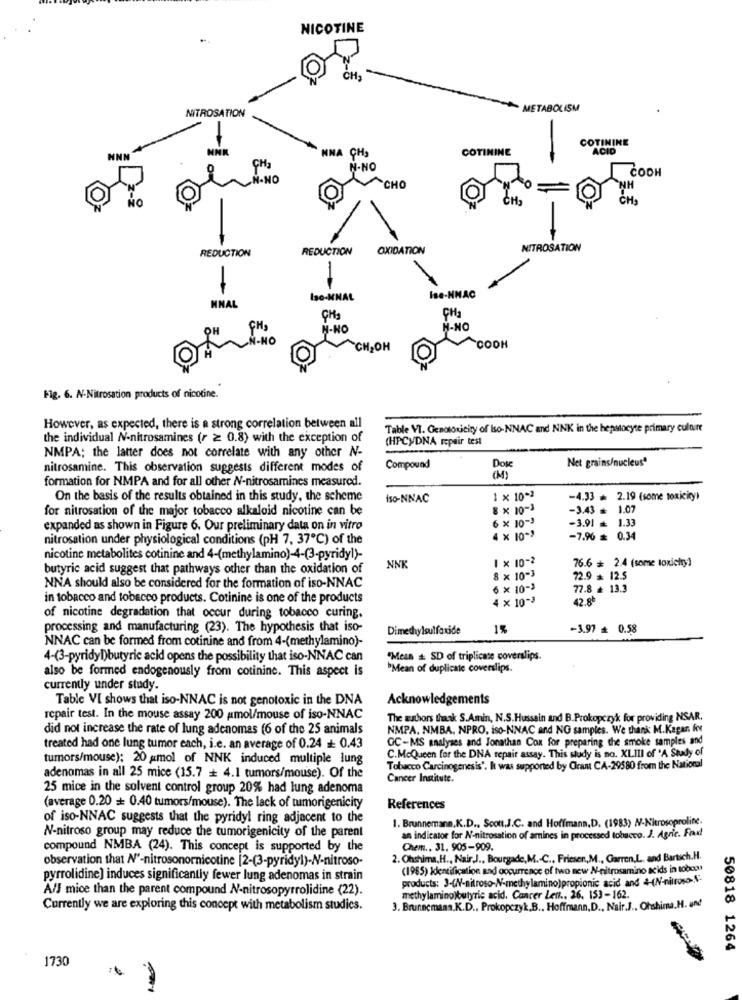
NICOTINE
METABOLISM
NITROSATION
-
COTININE
MNA
COTININE
ACID
HNM
CH3
N-NO
CODH
I-NO
CHO
NH
CHa
REDUCTION
REDUCTION
OXIDATION
NITROSATION
-
-
Ise-NNAC
Iso-MNAL
HNAL
CH3
CH3
H-NO
H-NO
CH,OH
COOH
Fig. 6. N-Nitrosation products of nicotine.
However, as expected, there is a strong correlation between all
Table VI. Genotoxicity of Iso-NNAC and NNK in the hepatocyte primary culture
the individual N-nitrosamines (r ≥ 0.8) with the exception of
(HPCyDNA repair test
NMPA; the latter does not correlate with any other N-
Net grains/nucleus"
nitrosamine. This observation suggests different modes of
Compound
Dos
formation for NMPA and for all other N-nitrosamines measured.
(M )
On the basis of the results obtained in this study, the scheme
Iso-NNAC
1 x 10-2
-4.33 + 2.19 (some toxicity)
for nitrosation of the major tobacco alkaloid nicotine can be
8 x 10-3
-3.43 ₺
1.07
6 × 10-3
expanded as shown in Figure 6. Our preliminary data on in vitro
-3.91 = 1.33
nitrosation under physiological conditions (pH 7, 37℃) of the
4 x 10-)
-7.96 = 0.34
nicotine metabolites cotinine and 4-(methylamino)-4-(3-pyridyl)-
1 × 10-2
76.6 = 2.4 (some toxicity)
butyric acid suggest that pathways other than the oxidation of
NNK
8 x 10-3
72.9 = 12.5
NNA should also be considered for the formation of iso-NNAC
6 × 10-3
77.8 # 13.3
in tobacco and tobacco products. Cotinine is one of the products
4 × 10-3
42.8ª
of nicotine degradation that occur during tobacco curing.
processing and manufacturing (23). The hypothesis that iso-
Dimethylsulfaxide
1%
-3.97 = 0.58
NNAC can be formed from cotinine and from 4-(methylamino)-
4-(3-pyridyD)butyric acid opens the possibility that iso-NNAC can
"Mean & SD of triplicate coverslips.
also be formed endogenously from cotinine. This aspect is
"Mean of duplicate coverslips.
currently under study.
Table VI shows that iso-NNAC is not genotoxic in the DNA
Acknowledgements
repair test. In the mouse assay 200 amol/mouse of iso-NNAC
The authors thank S.Amin, N.S. Hussein and B.Prokopczyk for providing NSAR.
did not increase the rate of lung adenomas (6 of the 25 animals
NMPA. NMBA. NPRO, iso-NNAC and NO samples. We thank: M.Kagan Kov
GC-MS analyses and Jonathan Cox for preparing the smoke samples and
treated had one lung tumor each, i.e. an average of 0.24 + 0.43
C.McQueen for the DNA repair assay. This study is no. XLIII of 'A Study of
tumors/mouse): 20 gmol of NNK induced multiple lung
Tobacco Carcinogenesis'. It was supported by Gram CA-29580 from the National
adenomas in all 25 mice (15.7 = 4.1 tumors/mouse). Of the
Cancer Institute.
25 mice in the solvent control group 20% had lung adenoma
(average 0.20 = 0.40 tumors/mouse). The lack of tumorigenicity
References
of iso-NNAC suggests that the pyridyl ring adjacent to the
1. Brunnemann.K.D ., Scott.J.C. and Hoffmann.D. (1983) N-Nitrosoprolite.
N-nitroso group may reduce the tumorigenicity of the parent
an indicator for N-nitrosation of amines in processed tobacco. J. Agric. Fradd
compound NMBA (24). This concept is supported by the
Chem .. 31. 905-909.
observation that N'-nitrosonornicotine [2-(3-pyridyl)-N-nitroso-
2. Ohshima,H ., Nair,J ., Bourgade, M .- C ., Friesor, M ., Garren,L. and Bartsch.H.
(1985) Identification and occurrence of two new N-nitrosamino acids in tobor
pyrrolidine] induces significantly fewer lung adenomas in strain
products: 3-(N-nitroso-N-methylamino)propionic acid and +(N-nitroso-N-
A/J mice than the parent compound N-nitrosopyrrolidine (22).
methylamino)butyric acid. Cancer Len .. 26. 153-162.
Currently we are exploring this concept with metabolism studies.
3. Brunnemann.K.D ., Prokopczyk.B ., Hoffmann,D ., Nair.J .. Ohshima.H. und
50818 1264
1730